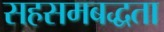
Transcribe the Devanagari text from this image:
सहसमबद्धता